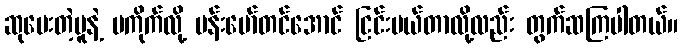
ဆုပေးတဲ့မူနဲ့ မကိုက်လို့ ဗန်းမော်တင်အောင် ငြင်းပယ်တာလို့လည်း တွက်ဆကြပါတယ်။